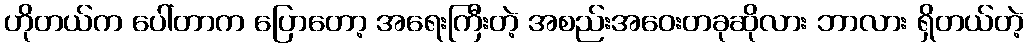
ဟိုတယ်က ပေါ်တာက ပြောတော့ အရေးကြီးတဲ့ အစည်းအဝေးတခုဆိုလား ဘာလား ရှိတယ်တဲ့